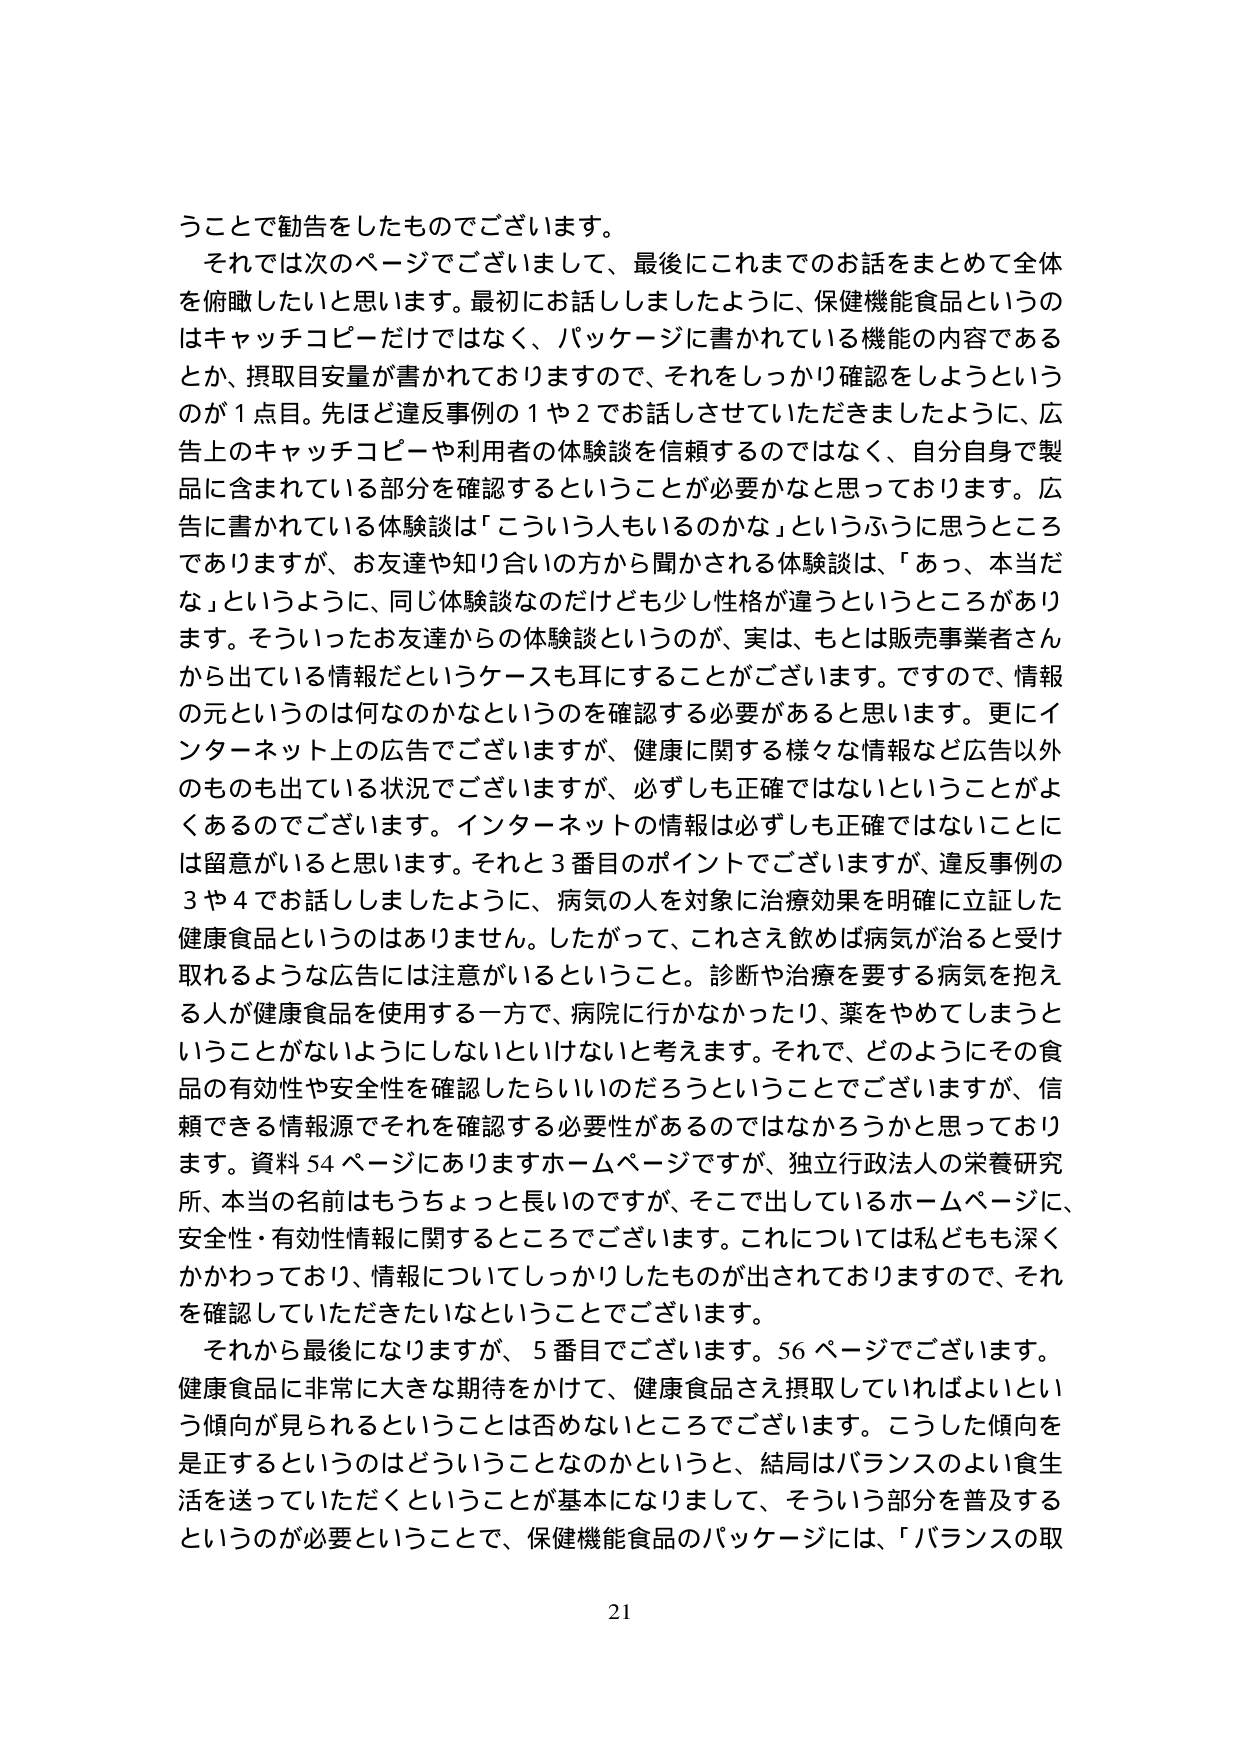
うことで勧告をしたものでございます。
それでは次のページでございまして、最後にこれまでのお話をまとめて全体を俯瞰したいと思います。最初にお話ししましたように、保健機能食品というのはキャッチコピーだけではなく、パッケージに書かれている機能の内容であるとか、摂取目安量が書かれておりますので、それをしっかり確認をしようというのが１点目。先ほど違反事例の１や２でお話しさせていただきましたように、広告上のキャッチコピーや利用者の体験談を信頼するのではなく、自分自身で製品に含まれている部分を確認するということが必要かなと思っております。広告に書かれている体験談は「こういう人もいるのかな」というふうに思うところではありますが、お友達や知り合いの方から聞かされる体験談は、「あっ、本当だな」というように、同じ体験談なのだけれども少し性格が違うというところがあります。そういったお友達からの体験談というのが、実は、もとは販売事業者さんから出ている情報だというケースも耳にすることがございます。ですので、情報の元というのは何なのかなというのを確認する必要があると思います。更にインターネット上の広告でございますが、健康に関する様々な情報など広告以外のものも出ている状況でございますが、必ずしも正確ではないということがよくあるのでございます。インターネットの情報は必ずしも正確ではないことに留意がいると思います。それと３番目のポイントでございますが、違反事例の３や４でお話ししましたように、病気の人を対象に治療効果を明確に立証した健康食品というのはありません。したがって、これさえ飲めば病気が治ると受け取れるような広告には注意がいるということ。診断や治療を要する病気を抱える人が健康食品を使用する一方で、病院に行かなかったり、薬をやめてしまうということがないようにしないといけないと考えます。それで、どのようにその食品の有効性や安全性を確認したらいいのだろうということでございますが、信頼できる情報源でそれを確認する必要性があるのではないかと思うております。資料５４ページにありますホームページですが、独立行政法人の栄養研究所、本当の名前はもうちょっと長いのですが、そこで出しているホームページに、安全性・有効性情報に関するところでございます。これについては私どもも深くかかわっており、情報についてしっかりしたものが出されておりますので、それを確認していただきたいなということでございます。
それから最後になりますが、５番目でございます。５６ページでございます。健康食品に非常に大きな期待をかけて、健康食品さえ摂取していればよいという傾向が見られるということは否めないところでございます。こうした傾向を是正するというのはどういうことなのかというと、結局はバランスのよい食生活を送っていただくということが基本になりまして、そういう部分を普及するというのが必要ということで、保健機能食品のパッケージには、「バランスの取
21